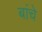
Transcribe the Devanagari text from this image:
बांचे